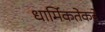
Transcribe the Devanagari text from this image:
धार्मिकतेकडे